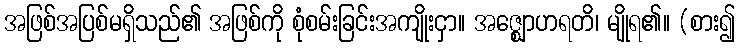
အဖြစ်အပြစ်မရှိသည်၏ အဖြစ်ကို စုံစမ်းခြင်းအကျိုးငှာ။ အဇ္ဈောဟရတိ၊ မျိုရ၏။ (စား၍